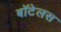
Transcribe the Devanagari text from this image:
बॉटेलस